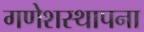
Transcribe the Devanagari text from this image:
गणेशस्थापना